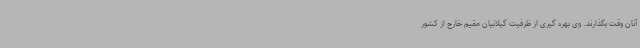
آنان وقت بگذارند. وی بهره گیری از ظرفیت گیلانیان مقیم خارج از کشور